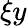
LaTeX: \xi{y}